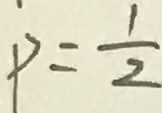
P = \frac { 1 } { 2 }